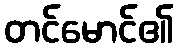
တင်မောင်၏